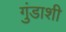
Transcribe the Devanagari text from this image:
गुंडाशी